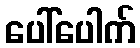
ပေါ်ပေါက်